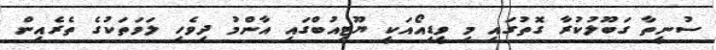
ސުނީތާ ގަބޫލުކުރާ ގޮތުގައި މި ވީޑިއޯއަކީ ޔޫޓިއުބްގައި އާންމު ދިވެހި ލަވަތަކުގެ ތެރެއިން